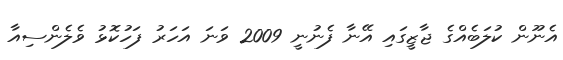
އެނޫން ކުލަބެއްގެ ޖާޒީގައި އޭނާ ފެނުނީ 2009 ވަނަ އަހަރު ފަހުކޮޅު ވެލެންސިއާ